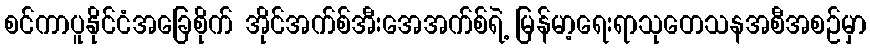
စင်ကာပူနိုင်ငံအခြေစိုက် အိုင်အက်စ်အီးအေအက်စ်ရဲ့ မြန်မာ့ရေးရာသုတေသနအစီအစဉ်မှာ